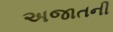
અજાતની